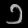
Digit: ၁